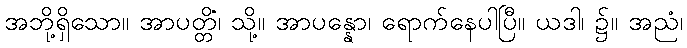
အဘို့ရှိသော။ အာပတ္တိံ၊ သို့။ အာပန္နော၊ ရောက်နေပါပြီ။ ယဒါ၊ ၌။ အညံ၊